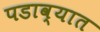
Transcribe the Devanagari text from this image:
पडाव्यात